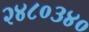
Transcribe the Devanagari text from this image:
२४८०३४०